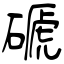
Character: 磃